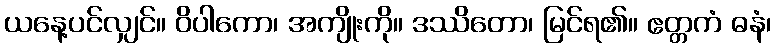
ယနေ့ပင်လျှင်။ ဝိပါကော၊ အကျိုးကို။ ဒဿိတော၊ မြင်ရ၏။ ဧတ္တကံ ဓနံ၊